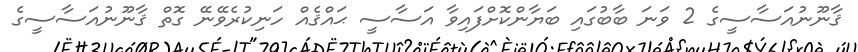
ޤާނޫނުއަސާސީގެ 2 ވަނަ ބާބުގައި ބަޔާންކޮށްފައިވާ އަސާސީ ޙައްޤެއް ހަނިކުރެވޭނޭ ގޮތް ޤާނޫނުއަސާސީގެ